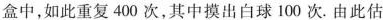
盒中，如此重复400次，其中摸出白球100次。由此估